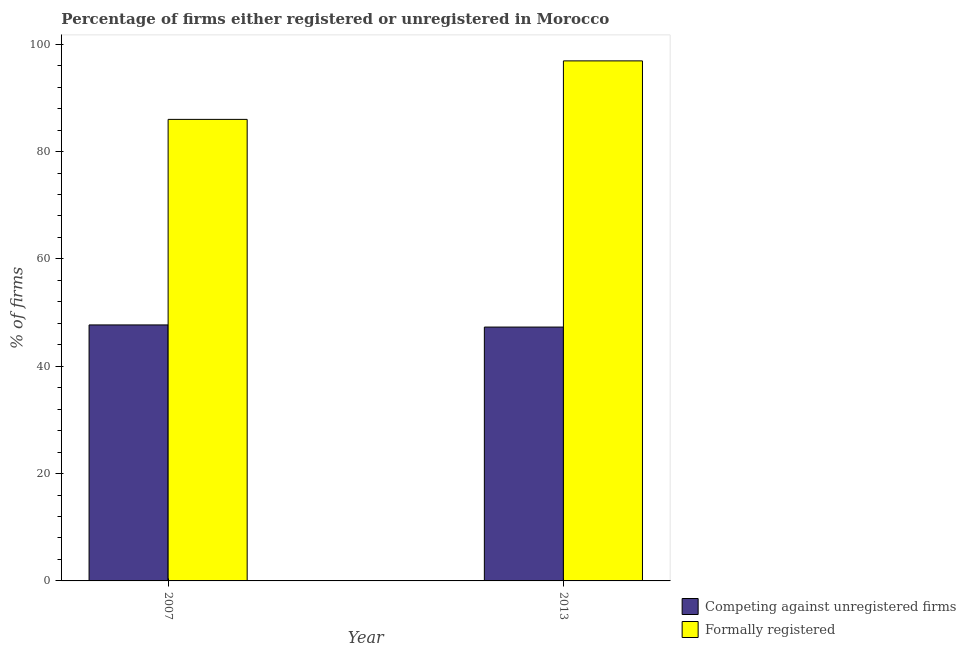
| Year | Competing against unregistered firms | Formally registered |
 | --- | --- | --- |
 | 2007 | 47.7 | 86 |
 | 2013 | 47.3 | 96.9 |